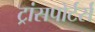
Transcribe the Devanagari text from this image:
ट्रांसपोर्टर्स